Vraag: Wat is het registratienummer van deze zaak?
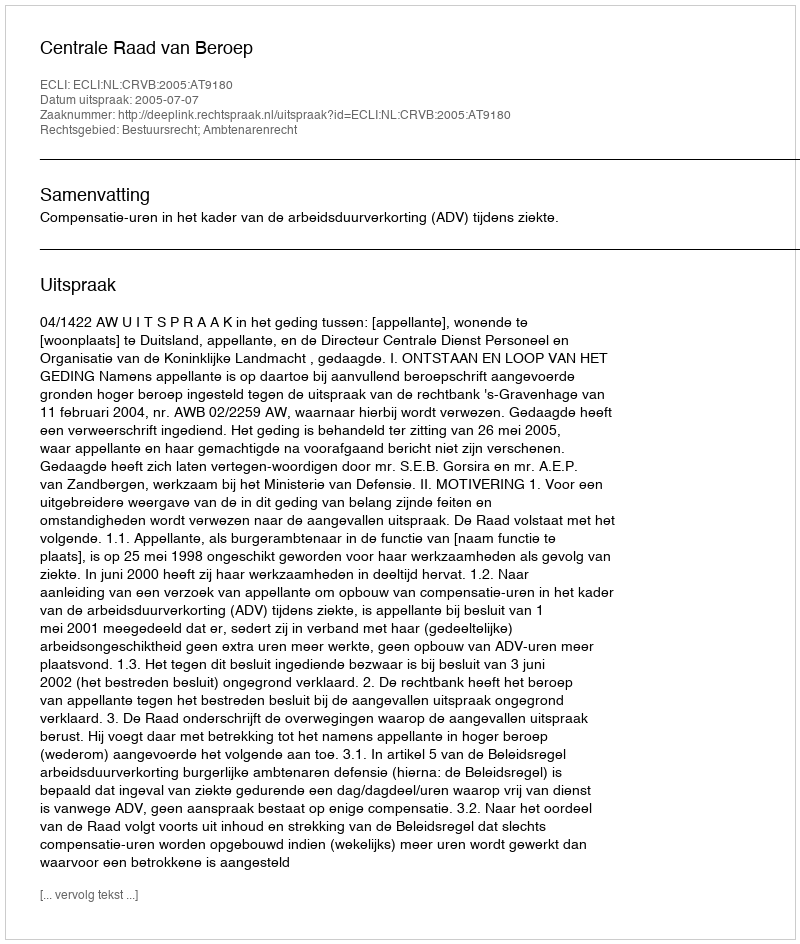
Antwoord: http://deeplink.rechtspraak.nl/uitspraak?id=ECLI:NL:CRVB:2005:AT9180